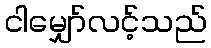
ငါမျှော်လင့်သည်